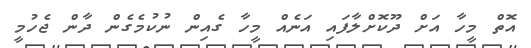
އޮތް މީހާ އަށް ދޫކޮށްލާފައި އަނެއް މީހާ ގެއިން ނުކުމެގެން ދާން ޖެހުމީ